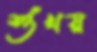
শুঁখয়